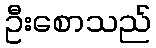
ဦးစောသည်